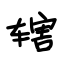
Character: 辖